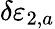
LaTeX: \delta\varepsilon_{2,a}